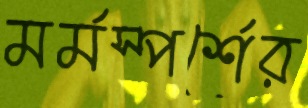
মর্মস্পর্শের